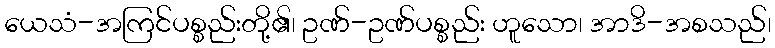
ယေသံ-အကြင်ပစ္စည်းတို့၏၊ ဥဏ်-ဥဏ်ပစ္စည်း ဟူသော၊ အာဒိ-အစသည်၊